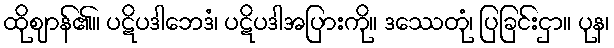
ထိုဈာန်၏။ ပဋိပဒါဘေဒံ၊ ပဋိပဒါအပြားကို။ ဒဿေတုံ၊ ပြခြင်းငှာ။ ပုန၊